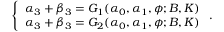
\left\{ \begin{array} { l l } { { \alpha _ { 3 } + \beta _ { 3 } = G _ { 1 } ( \alpha _ { 0 } , \alpha _ { 1 } , \phi ; B , K ) } } \\ { { \alpha _ { 3 } + \beta _ { 3 } = G _ { 2 } ( \alpha _ { 0 } , \alpha _ { 1 } , \phi ; B , K ) } } \end{array} \right. .